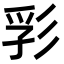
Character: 𢒒